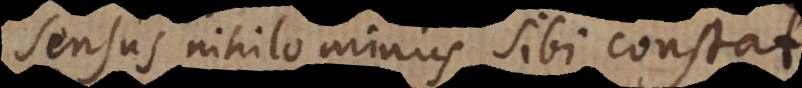
sensus nihilominus sibi constat.